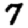
Digit: 7